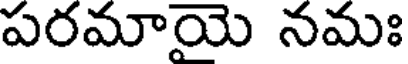
పరమాయె నమః